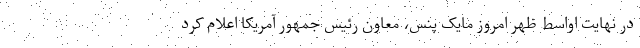
در نهایت اواسط ظهر امروز مایک پنس، معاون رئیس جمهور آمریکا اعلام کرد